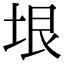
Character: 垠